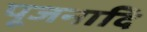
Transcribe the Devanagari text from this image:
पूजनादि